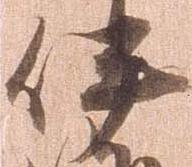
伊